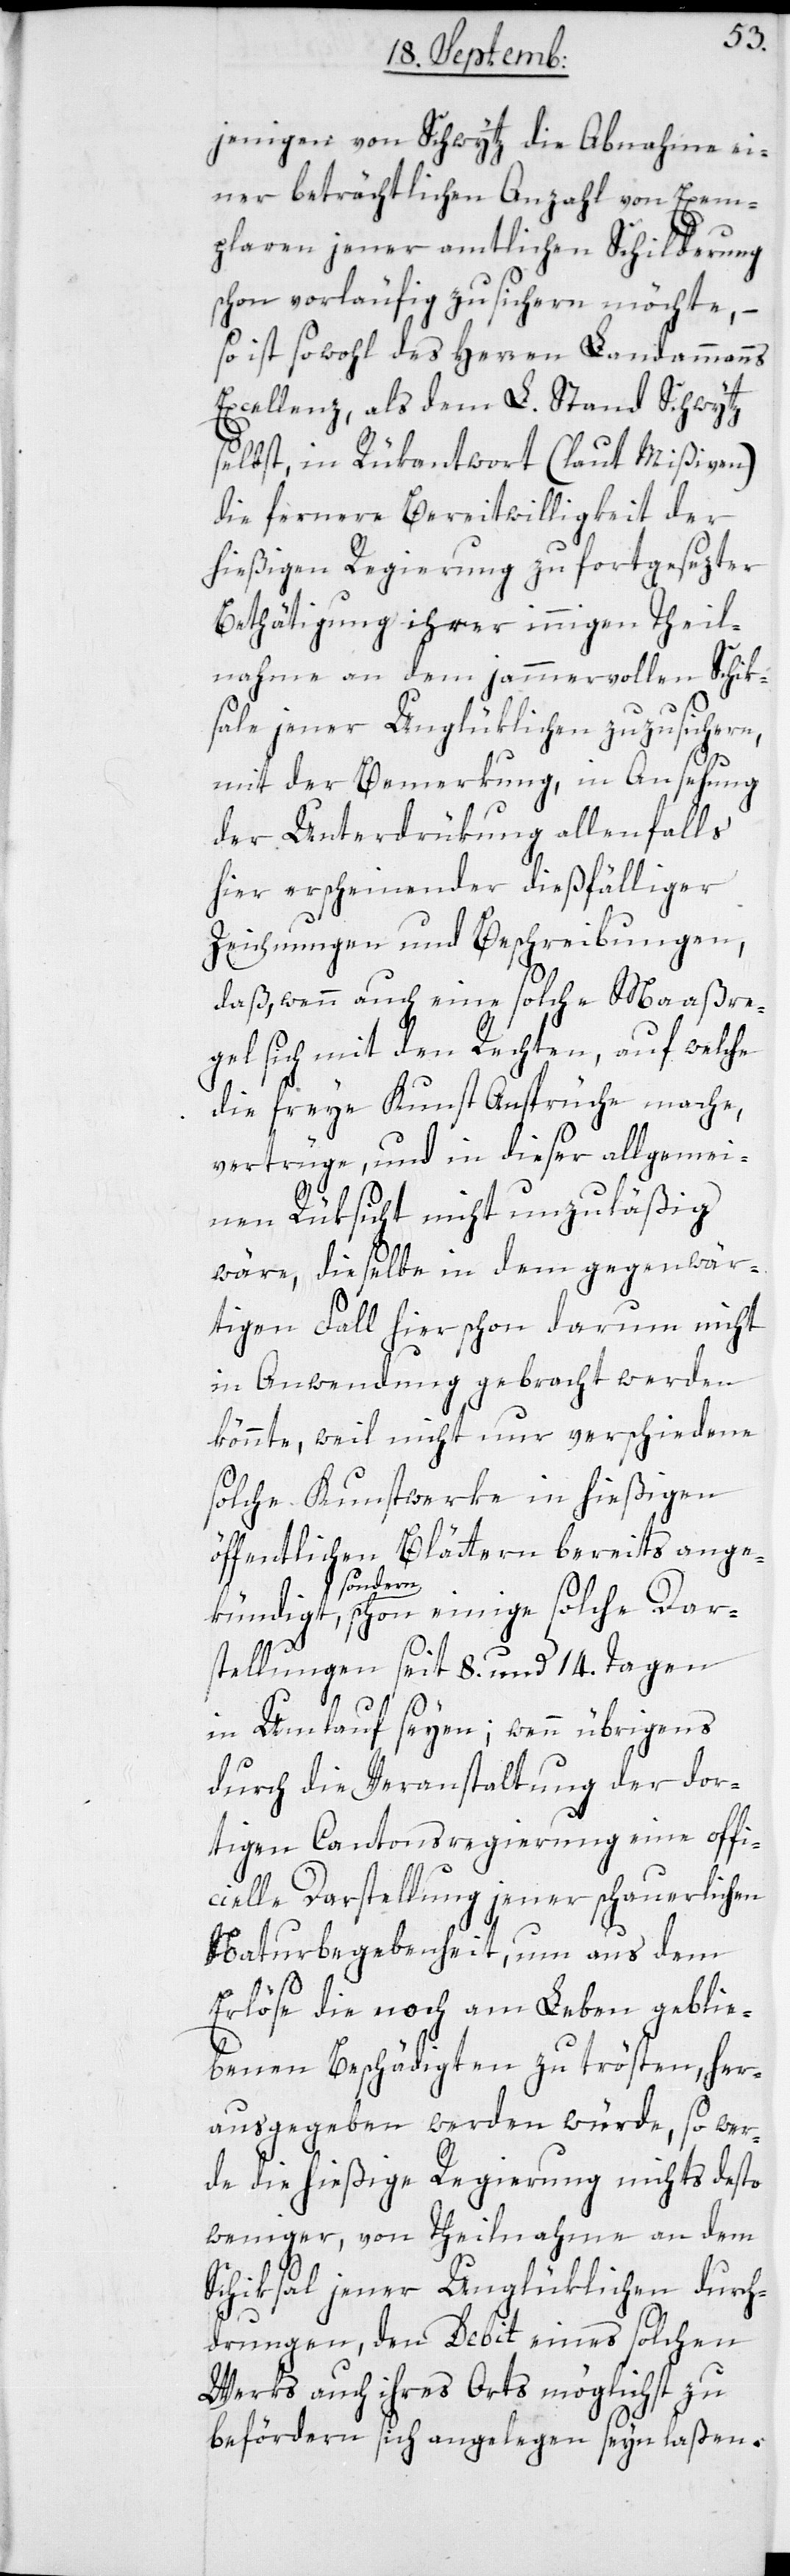
jenigen von Schwytz die Abnahme ei¬
ner beträchtlichen Anzahl von Exem¬
plaren jener amtlichen Schilderung
schon vorläufig zusichern möchte, –
so ist sowohl des Herren Landammanns
Excellenz, als dem L. Stand Schwytz
selbst, in Rükantwort (laut Mißiven)
die fernere Bereitwilligkeit der
hießigen Regierung zu fortgesezter
Bethätigung ihrer innigen Teil¬
nahme an dem jammervollen Schik¬
sale jener Unglüklichen zuzusichern,
mit der Bemerkung, in Ansehung
der Unterdrükung allenfalls
hier erscheinender dießfälliger
Zeichnungen und Beschreibungen,
daß, wen auch eine solche Maaßre¬
gel sich mit den Rechten, auf welche
die freye Kunst Ansprüche mache,
vertrüge, und in dieser allgemei¬
nen Rüksicht nicht unzuläßig
wäre, dieselbe in dem gegenwär¬
tigen Fall hier schon darum nicht
in Anwendung gebracht werden
könnte, weil nicht nur verschiedene
solche Kunstwerke in hießigen
öffentlichen Blättern bereits ange¬
gt sondern,
sondern schon einige solche Dar¬
stellungen seit 8. und 14. Tagen
kündi¬
in Umlauf seyen; wenn übrigens
durch die Veranstaltung der dor¬
tigen Cantonsregierung eine offi¬
cielle Darstellung jener schauerlichen
Naturbegebenheit, um aus dem
Erlöse die noch am Leben geblie¬
benen Beschädigten zu trösten, her¬
ausgegeben werden würde, so wer¬
de die hießige Regierung nichts desto
weniger, von Theilnahme an dem
Schiksal jener Unglüklichen durch¬
drungen, den Debit eines solchen
Werks auch ihres Orts möglichst zu
befördern sich angelegen sein laßen.